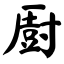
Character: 㕑